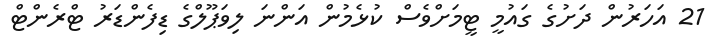
21 އަހަރުން ދަށުގެ ގައުމީ ޓީމަށްވެސް ކުޅެމުން އަންނަ ލިވަޕޫލްގެ ޑިފެންޑަރު ޓްރެންޓް